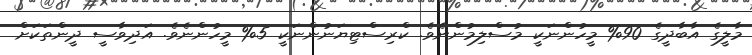
މާލީގެ އާބާދީގެ 90% މީހުންނަކީ މުސްލިމުންނެވެ. ކްރިސްޓިޔަނުންނަކީ 5% މީހުންނެވެ. އަދިވާސީ ދީންތަކަށް